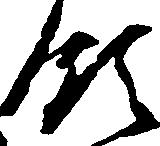
領